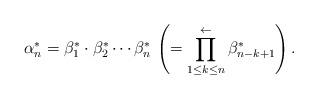
LaTeX: \begin{align*} {\alpha^*_{n}} = {\beta^*_{1}} \cdot {\beta^*_{2}} \cdots {\beta^*_{n}}\, \left( =\prod_{1\le k\le n}^{\gets} {\beta^*_{n-k+1}}\right).\end{align*}